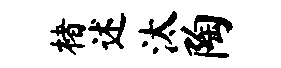
楮述汰陶